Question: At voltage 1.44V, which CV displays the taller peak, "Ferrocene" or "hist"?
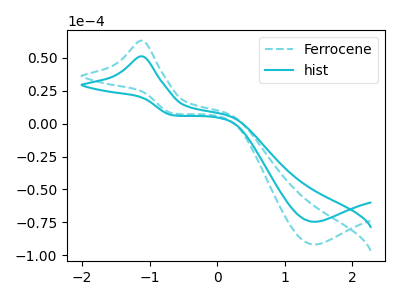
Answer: <think>The cyan dashed curve "Ferrocene" has an anodic peak at (-1.10V, 63.10uA) and a cathodic peak at (1.45V, -91.80uA). The cyan curve "hist" has an anodic peak at (-1.10V, 51.25uA) and a cathodic peak at (1.45V, -74.55uA).</think>
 <answer>The peak at 1.44V is higher in "Ferrocene" than in "hist".</answer>
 <eval>higher</eval>